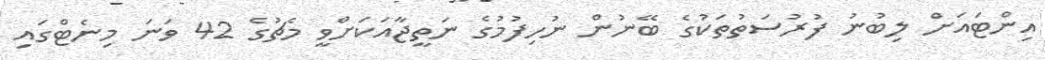
އިންޓައަށް ލިބުނު ފުރުސަތުތަކުގެ ބޭނުން ނުހިފުމުގެ ނަތީޖާއަކަށްވީ މެޗުގެ 42 ވަނަ މިނެޓްގައި